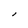
Character: l